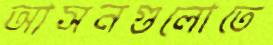
আসনগুলোতে